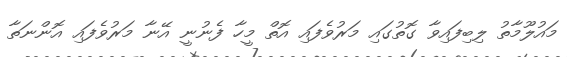
މައުލޫމާތު ލިބިފައިވާ ގޮތުގައި މަރުވެފައި އޮތް މީހާ ފެނުނީ އޭނާ މަރުވެފައި އޮންނަތާ